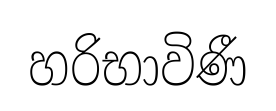
හරිභාවිණී